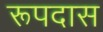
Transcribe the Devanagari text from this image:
रूपदास